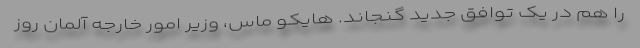
را هم در یک توافق جدید گنجاند. هایکو ماس، وزیر امور خارجه آلمان روز